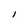
Character: l